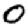
Digit: 0